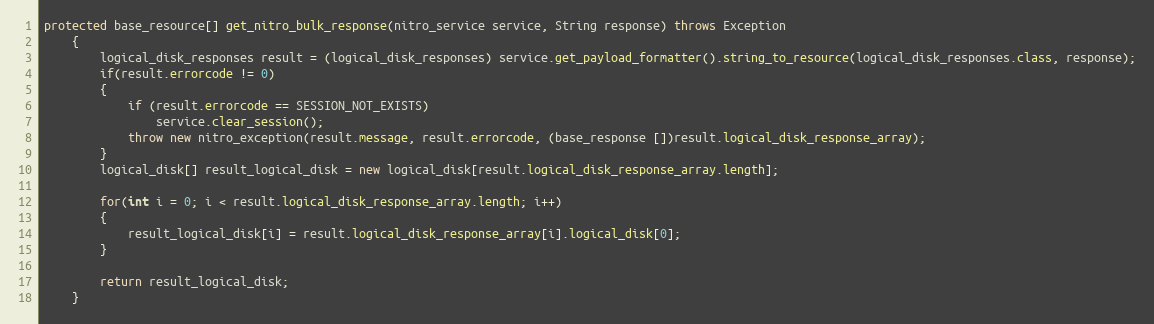
Language: Java
protected base_resource[] get_nitro_bulk_response(nitro_service service, String response) throws Exception
	{
		logical_disk_responses result = (logical_disk_responses) service.get_payload_formatter().string_to_resource(logical_disk_responses.class, response);
		if(result.errorcode != 0)
		{
			if (result.errorcode == SESSION_NOT_EXISTS)
				service.clear_session();
			throw new nitro_exception(result.message, result.errorcode, (base_response [])result.logical_disk_response_array);
		}
		logical_disk[] result_logical_disk = new logical_disk[result.logical_disk_response_array.length];

		for(int i = 0; i < result.logical_disk_response_array.length; i++)
		{
			result_logical_disk[i] = result.logical_disk_response_array[i].logical_disk[0];
		}

		return result_logical_disk;
	}